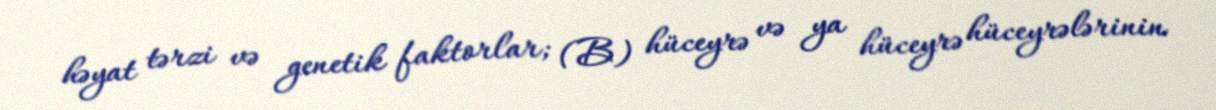
həyat tərzi və genetik faktorlar; (B) hüceyrə və ya hüceyrə hüceyrələrinin